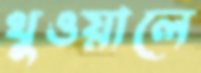
থুওয়ালে